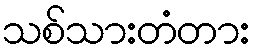
သစ်သားတံတား